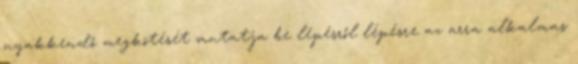
nyakkendő megkötését mutatja be lépésről lépésre az arra alkalmas